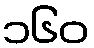
၁၆၀